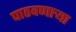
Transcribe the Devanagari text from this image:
पाठवणाऱ्या